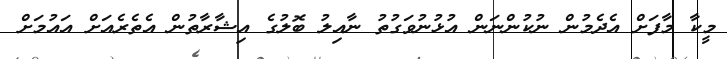
މީކާ މާފަށް އެދެމުން ނުކުންނަން އުޅުނުވަގުތު ނާއިލު ބޮލުގެ އިޝާރާތުން އެތެރެއަށް އައުމަށް